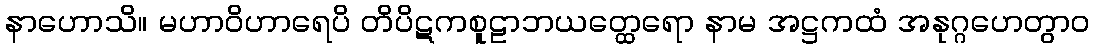
နာဟောသိ။ မဟာဝိဟာရေပိ တိပိဋကစူဠာဘယတ္ထေရော နာမ အဋ္ဌကထံ အနုဂ္ဂဟေတွာဝ